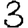
Digit: 3